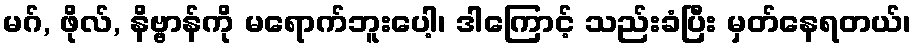
မဂ်, ဖိုလ်, နိဗ္ဗာန်ကို မရောက်ဘူးပေါ့၊ ဒါကြောင့် သည်းခံပြီး မှတ်နေရတယ်၊